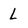
Character: L